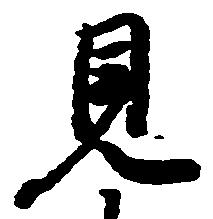
見